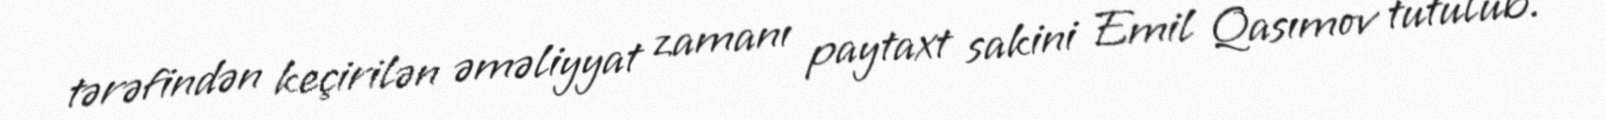
tərəfindən keçirilən əməliyyat zamanı paytaxt sakini Emil Qasımov tutulub.